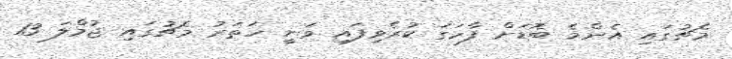
މެޗުގައި އެންމެ ބޮޑަށް ފާހަގަ ކުރެވިފައި ވަނީ ހަތަރު މެޗުގައި ޖުމްލަ 13